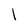
Character: l